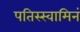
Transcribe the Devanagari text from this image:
पतिस्स्वामिनं